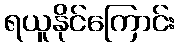
ရယူနိုင်ကြောင်း